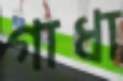
গাধা